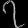
Digit: ၇